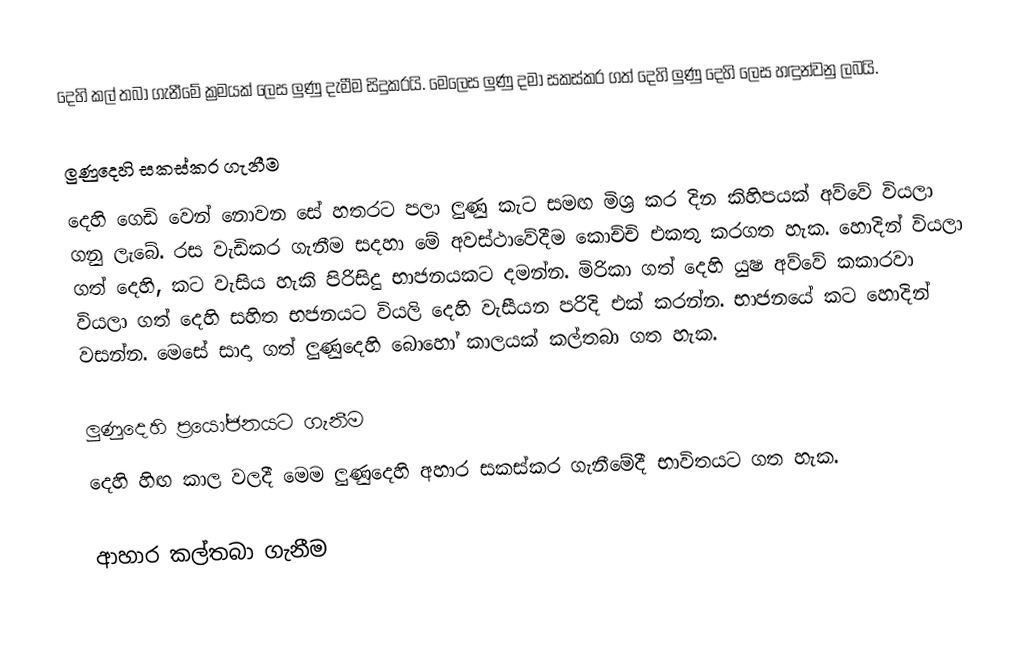
දෙහි කල් තබා ගැනීමේ ක්‍රමයක් ලෙස ලුණු දැමීම සිදුකරයි. මෙලෙස ලුණු දමා සකස්කර ගත් දෙහි ලුණු දෙහි ලෙස හඳුන්වනු ලබයි.

ලුණුදෙහි සකස්කර ගැනීම
දෙහි ගෙඩි වෙන් නොවන සේ හතරට පලා ලුණු කැට සමඟ මිශ්‍ර කර දින කිහිපයක් අව්වේ වියලා ගනු ලැබේ. රස වැඩිකර ගැනීම සදහා මේ අවස්ථාවේදීම කොච්චි එකතු කරගත හැක. හොදින් වියලා ගත් දෙහි, කට වැසිය හැකි පිරිසිදු භාජනයකට දමන්න. මිරිකා ගත් දෙහි යුෂ අව්වේ කකාරවා වියලා ගත් දෙහි සහිත භජනයට වියලි දෙහි වැසීයන පරිදි එක් කරන්න. භාජනයේ කට හොදින් වසන්න. මෙසේ සාදා ගත් ලුණුදෙහි බොහෝ කාලයක් කල්තබා ගත හැක.

ලුණුදෙහි ප්‍රයෝජනයට ගැනීම
දෙහි හිඟ කාල වලදී මෙම ලුණුදෙහි අහාර සකස්කර ගැනීමේදී භාවිතයට ගත හැක.

ආහාර කල්තබා ගැනීම